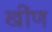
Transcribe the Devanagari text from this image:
खींण